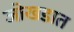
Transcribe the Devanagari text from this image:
जोखडात